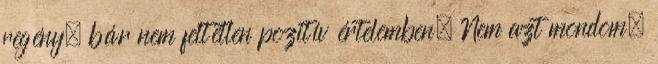
regény, bár nem feltétlen pozitív értelemben. Nem azt mondom,